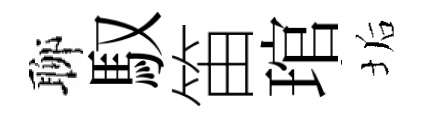
聊馭笛琯垢